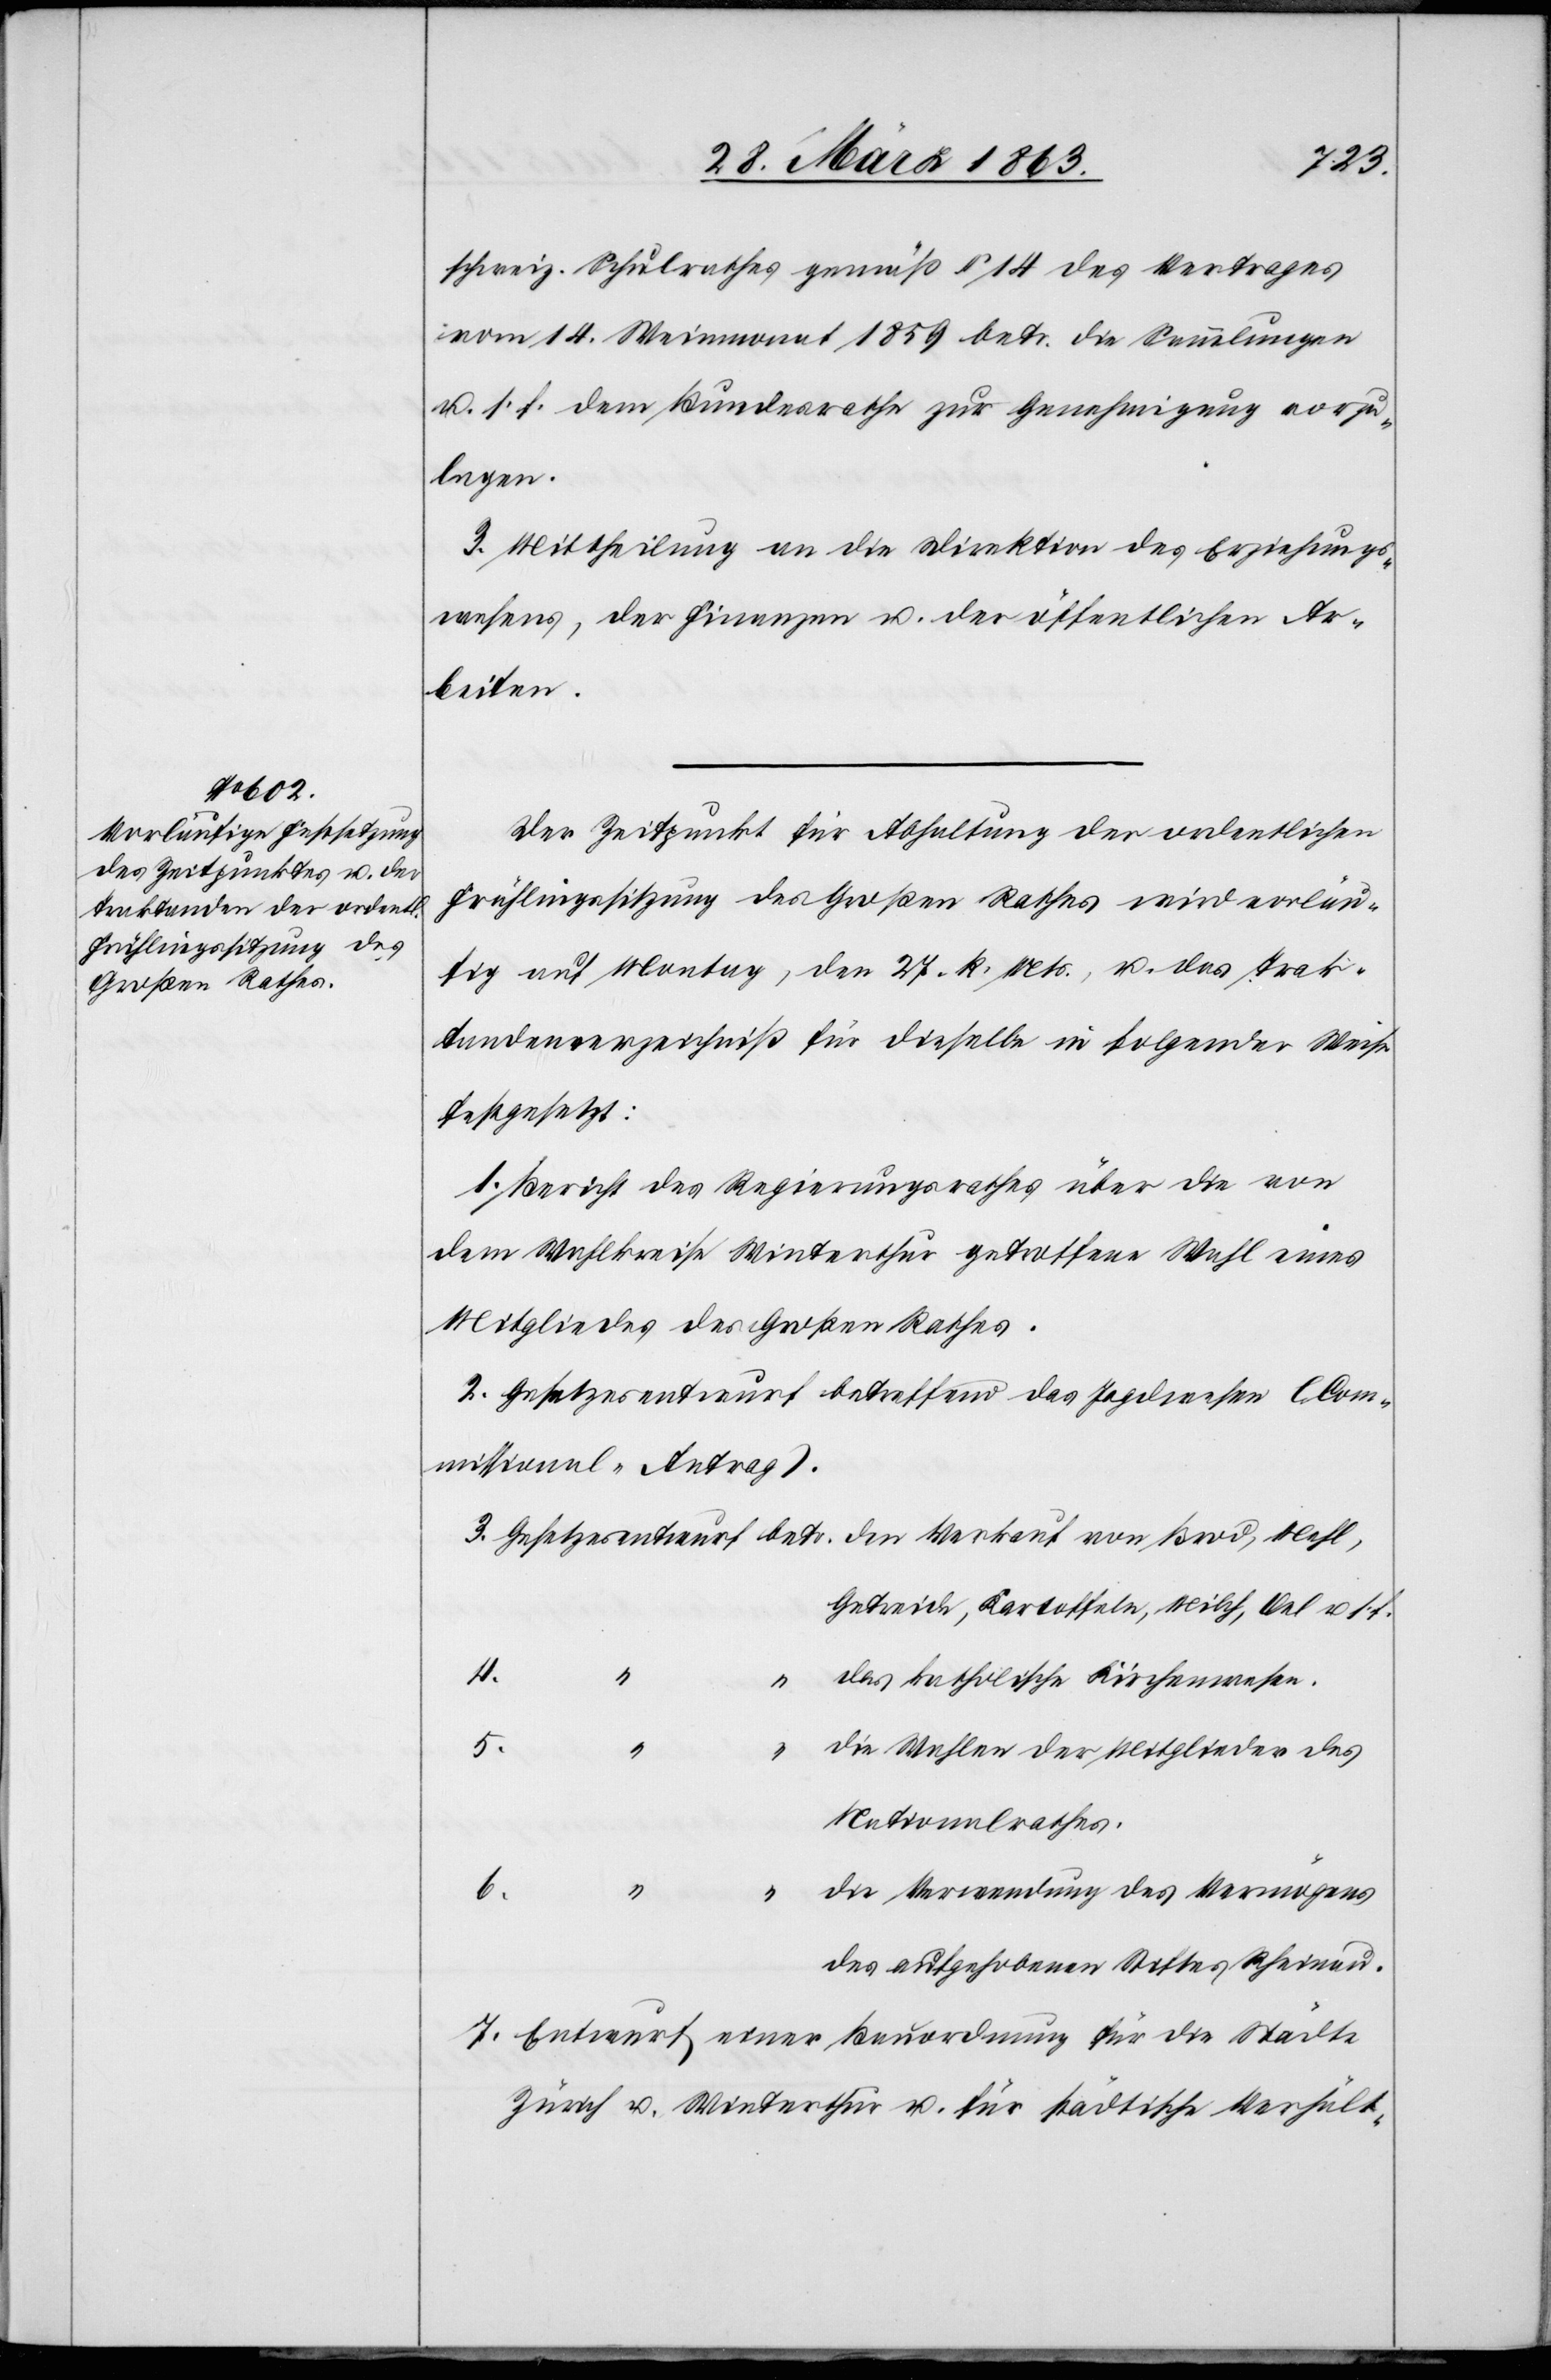
betr.

schweiz. Schulrathes gemäß § 14 des Vertrages
vom 14. Weinmonat 1859 betr. die Sammlungen
u. s. f. dem Bundesrathe zur Genehmigung vorzu¬
legen.
3. Mittheilung an die Direktion des Erziehungs¬
wesens, der Finanzen u. der öffentlichen Ar¬
beiten.
Der Zeitpunkt für Abhaltung der ordentlichen
Frühlingssitzung des Großen Rathes wird vorläu¬
fig auf Montag, den 27. k. Mts., u. das Trak¬
tandenverzeichniß für dieselbe in folgender Weise
festgesetzt:
1. Bericht des Regierungsrathes über die von
dem Wahlkreise Winterthur getroffene Wahl eines
Mitgliedes des Großen Rathes.
2. Gesetzesentwurf betreffend das Jagdwesen (Com¬
missional-Antrag).
Getreide, Kartoffeln, Milch, Oel u s. f.
4.
“
das katholische Kirchenwesen.
5.
die Wahlen der Mitglieder des
Nationalrathes.
6.
die Verwendung des Vermögens
des aufgehobenen Stiftes Rheinau.
7. Entwurf einer Bauordnung für die Städte
Zürich u. Winterthur u. für städtische Verhält-